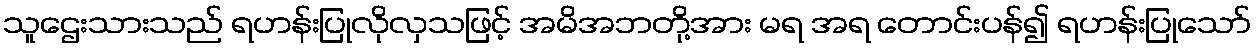
သူဌေးသားသည် ရဟန်းပြုလိုလှသဖြင့် အမိအဘတို့အား မရ အရ တောင်းပန်၍ ရဟန်းပြုသော်